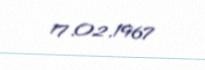
17.02.1967